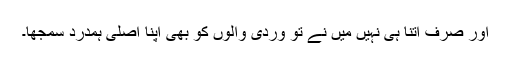
اور صرف اتنا ہی نہیں میں نے تو وردی والوں کو بھی اپنا اصلی ہمدرد سمجھا۔